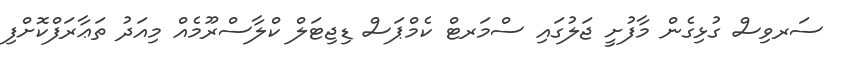
ސަރވިސް ގުޅިގެން މާފުށީ ޖަލުގައި ސްމަރޓް ކެމްޕަސް ޑިޖިޓަލް ކްލާސްރޫމެއް މިއަދު ތަޢާރަފްކޮށްފި